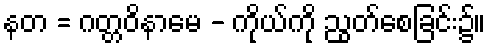
နတ = ဂတ္တဝိနာမေ - ကိုယ်ကို ညွတ်စေခြင်း၌။